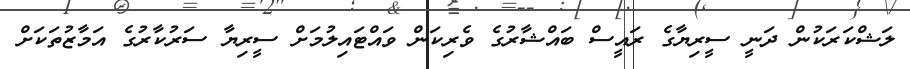
ލަޝްކަރަކުން ދަނީ ސީރިޔާގެ ރައީސް ބައްޝާރުގެ ވެރިކަން ވައްޓައިލުމަށް ސީރިޔާ ސަރުކާރުގެ އަމާޒުތަކަށް